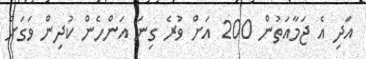
އަދި އެ ޖަމާއަތުން 200 އަށް ވުރެ ގިނަ އަންހެން ކުދިން ވަގަށް